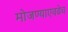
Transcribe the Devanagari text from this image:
मोजण्याएवढेच